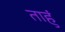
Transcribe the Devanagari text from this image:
ताहुं